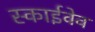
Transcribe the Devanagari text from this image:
स्काईवेव